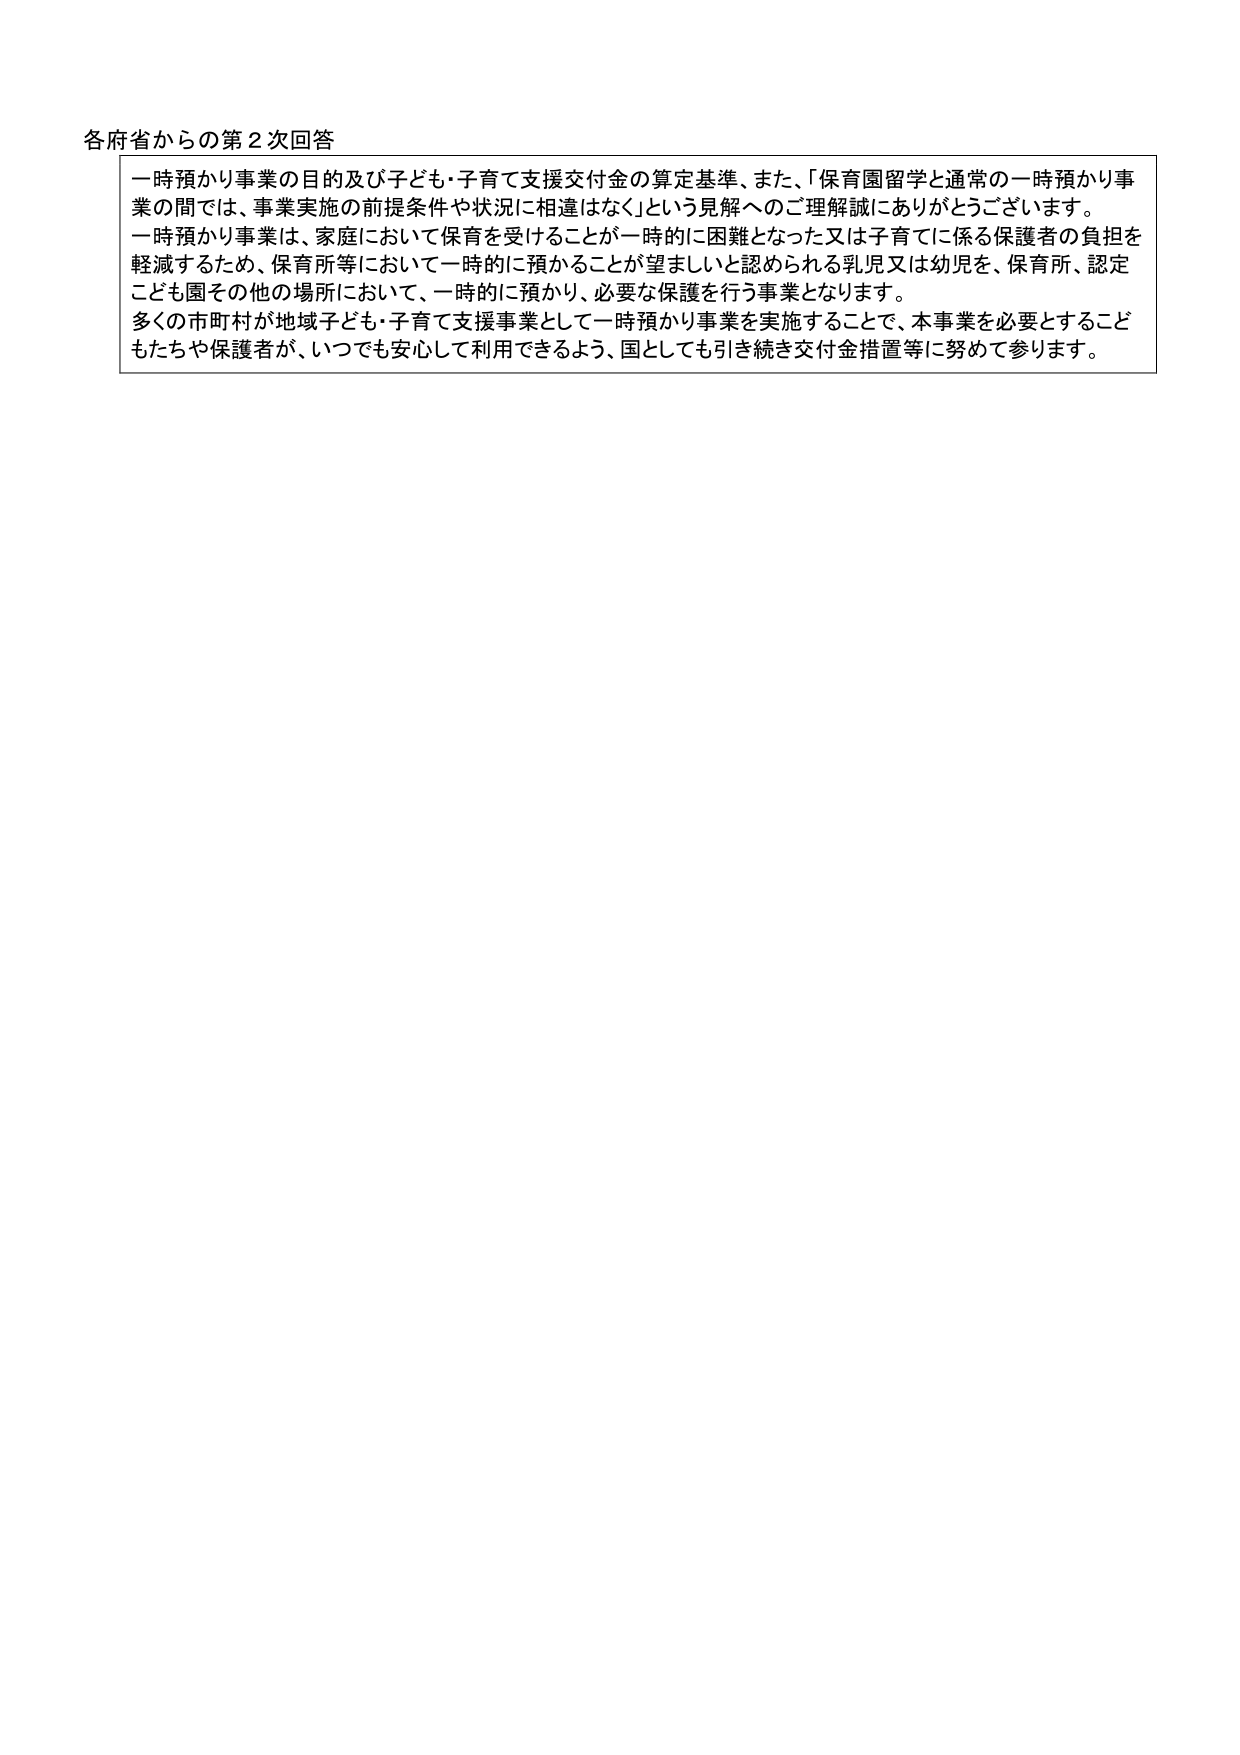
各府省からの第２次回答

一時預かり事業の目的及び子ども・子育て支援交付金の算定基準、また、「保育園留学と通常の一時預かり事業の間では、事業実施の前提条件や状況に相違はなく」という見解へのご理解誠にありがとうございます。
一時預かり事業は、家庭において保育を受けることが一時的に困難となった又は子育てに係る保護者の負担を軽減するため、保育所等において一時的に預かることが望ましいと認められる乳児又は幼児を、保育所、認定こども園その他の場所において、一時的に預かり、必要な保護を行う事業となります。
多くの市町村が地域子ども・子育て支援事業として一時預かり事業を実施することで、本事業を必要とするこどもたちや保護者が、いつでも安心して利用できるよう、国としても引き続き交付金措置等に努めて参ります。